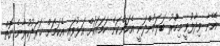
އޭނާ ވިދާޅުވީ މިހާުރު ބަލަމުންދަނީ އެކަންކަން ހަމައަކަށް އަޅުވައި އެކަމަށް ޚަރަދުކުރާނެ ގޮތް